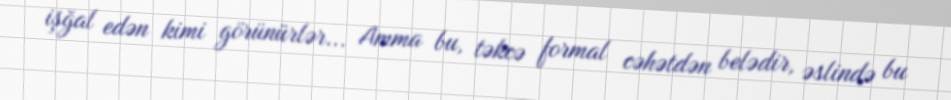
işğal edən kimi görünürlər... Amma bu, təkcə formal cəhətdən belədir, əslində bu